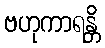
ဗဟုကာရန္တိ